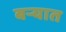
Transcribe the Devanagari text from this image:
बऱ्यात